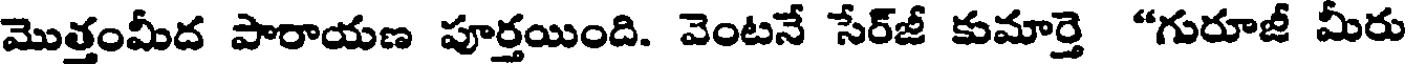
మొత్తంమీద పారాయణ పూర్తయింది. వెంటనే సేర్జీ కుమార్తె "గురూజీ మీరు